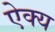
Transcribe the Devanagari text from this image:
ऐक्‍य